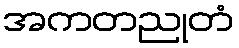
အကတညုတံ